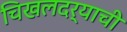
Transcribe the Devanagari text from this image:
चिखलदर्‍याची